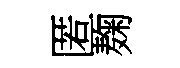
匿麹